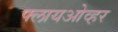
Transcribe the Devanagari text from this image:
फ्लायओव्हर